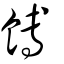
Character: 餺